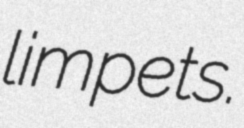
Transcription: limpets.